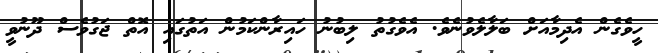
ހީވެގެން އެދިމާއަށް ބަލާލެވުނެވެ. އެވެގުތު ލިބުނު ހައިރާންކަމުން އަތުގައި އޮތް ޖަގުވެސް ދޫނުވީ